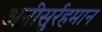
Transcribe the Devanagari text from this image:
अनीसुर्रहमान